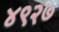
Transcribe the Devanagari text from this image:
४९२७